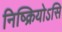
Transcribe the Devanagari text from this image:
निष्क्रियोऽसि